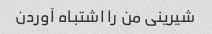
شیرینی من را اشتباه آوردن